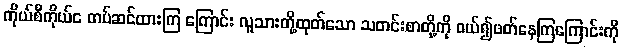
ကိုယ်စီကိုယ်င တပ်ဆင်ထားကြ ကြောင်း လူသားတို့ထုတ်သော သတင်းစာတို့ကို ဝယ်၍ဖတ်နေကြကြောင်းကို